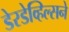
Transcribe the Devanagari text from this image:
डेरडेव्हिल्सने